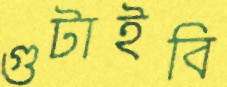
গুটাইবি